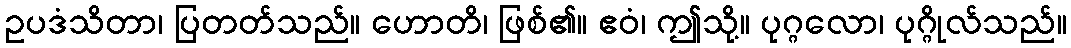
ဥပဒံသိတာ၊ ပြတတ်သည်။ ဟောတိ၊ ဖြစ်၏။ ဧဝံ၊ ဤသို့။ ပုဂ္ဂလော၊ ပုဂ္ဂိုလ်သည်။